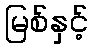
မြစ်နှင့်